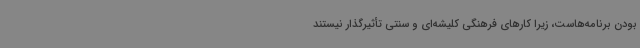
بودن برنامه‌هاست، زیرا کارهای فرهنگی کلیشه‌ای و سنتی تأثیرگذار نیستند